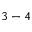
3 - 4